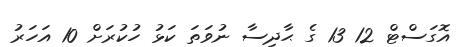
އޮގަސްޓް 12 13 ގެ ޙާދިސާ ނުވަތަ ކަޅު ހުކުރަށް 10 އަހަރު